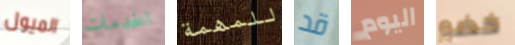
الميول الخدمات للمهمة قد اليوم خضع